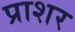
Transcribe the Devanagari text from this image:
प्राशर